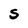
Character: S